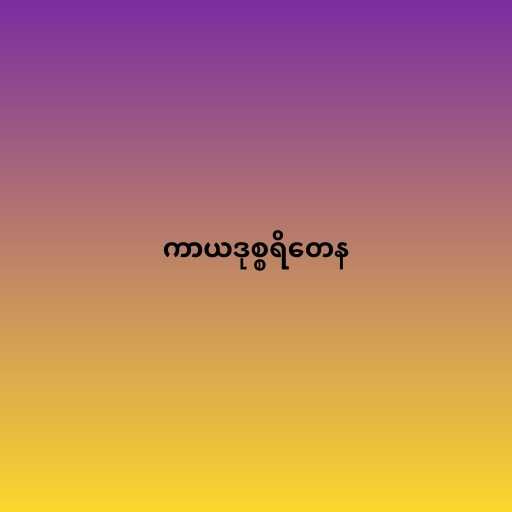
ကာယဒုစ္စရိတေန